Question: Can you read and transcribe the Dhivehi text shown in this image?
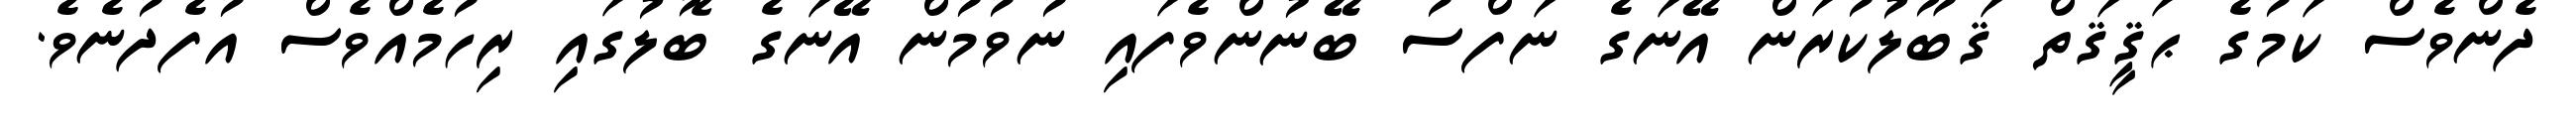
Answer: ދެންވެސް ކަމުގެ ޙަޤީޤަތް ޤަބޫލުކުރަން އޭނަގެ ނަފްސު ބޭނުންވެފައި ނުވުމުން އޭނަގެ ބޮލުގައި ރިހުމެއްވެސް އުފެދުނެވެ.